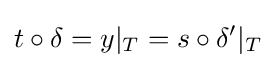
t\circ \delta =y|_{T}=s\circ \delta '|_{T}